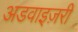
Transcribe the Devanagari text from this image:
अडवाइज़री